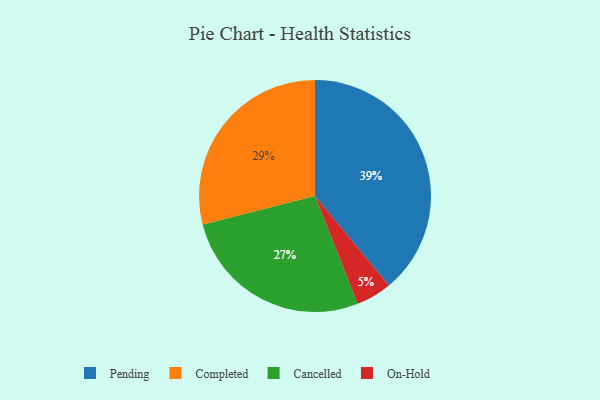
{"axis": {"x": "Category", "y": "Percentage"}, "legend": ["Cancelled", "Completed", "On-Hold", "Pending"], "data": [{"x": "Pending", "y": 39, "type": "Pending"}, {"x": "Completed", "y": 29, "type": "Completed"}, {"x": "On-Hold", "y": 5, "type": "On-Hold"}, {"x": "Cancelled", "y": 27, "type": "Cancelled"}]}